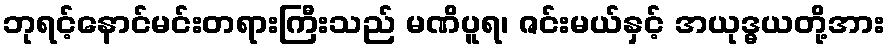
ဘုရင့်နောင်မင်းတရားကြီးသည် မဏိပူရ၊ ဇင်းမယ်နှင့် အယုဒ္ဓယတို့အား